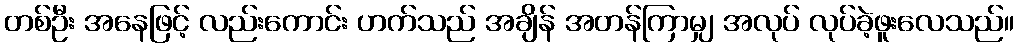
တစ်ဦး အနေဖြင့် လည်းကောင်း ဟက်သည် အချိန် အတန်ကြာမျှ အလုပ် လုပ်ခဲ့ဖူးလေသည်။